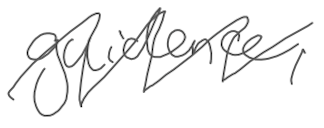
Text: guidance,
Cross-out: zig-zag
Writing tool: digital_gray